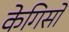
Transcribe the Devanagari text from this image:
केगिसो